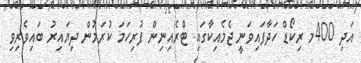
އަދި 400މ ރިކޯޑް ހަދާފައިވަނީ ޖެމެއިކާގައި ޓްރެއިނިން ފުރިހަމަ ކުރަމުން ދިޔައިރު ބައިވެރިވި